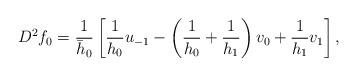
LaTeX: \begin{align*} D^2f_0 = \frac{1}{\bar{h}_{0}}\left[ \frac{1}{h_{0}}u_{-1} - \left( \frac{1}{h_{0}} + \frac{1}{h_{1}}\right)v_0 + \frac{1}{h_{1}}v_1 \right],\end{align*}